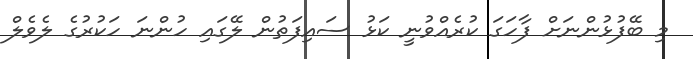
މި ބޭފުޅުންނަށް ފާހަގަ ކުރެއްވުނީ ކަޅު ސައިފަތުން ލޭގައި ހުންނަ ހަކުރުގެ ލެވެލް